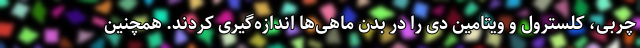
چربی، کلسترول و ویتامین دی را در بدن ماهی‌ها اندازه‌گیری کردند. همچنین